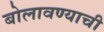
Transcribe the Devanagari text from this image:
बोलावण्याची